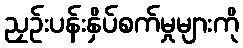
ညှဉ်းပန်းနှိပ်စက်မှုများကို